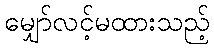
မျှော်လင့်မထားသည့်